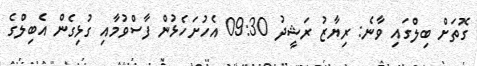
ގޮތަށް ބިލްގައި ވާނެ: ރިޔާޒު ރަަޝީދު 09:30 އެހުށަހެޅުން ފާސްވުމާއި ގުޅިގެން އެބިލްގެ